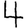
Digit: 4